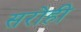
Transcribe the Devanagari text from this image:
सरोही